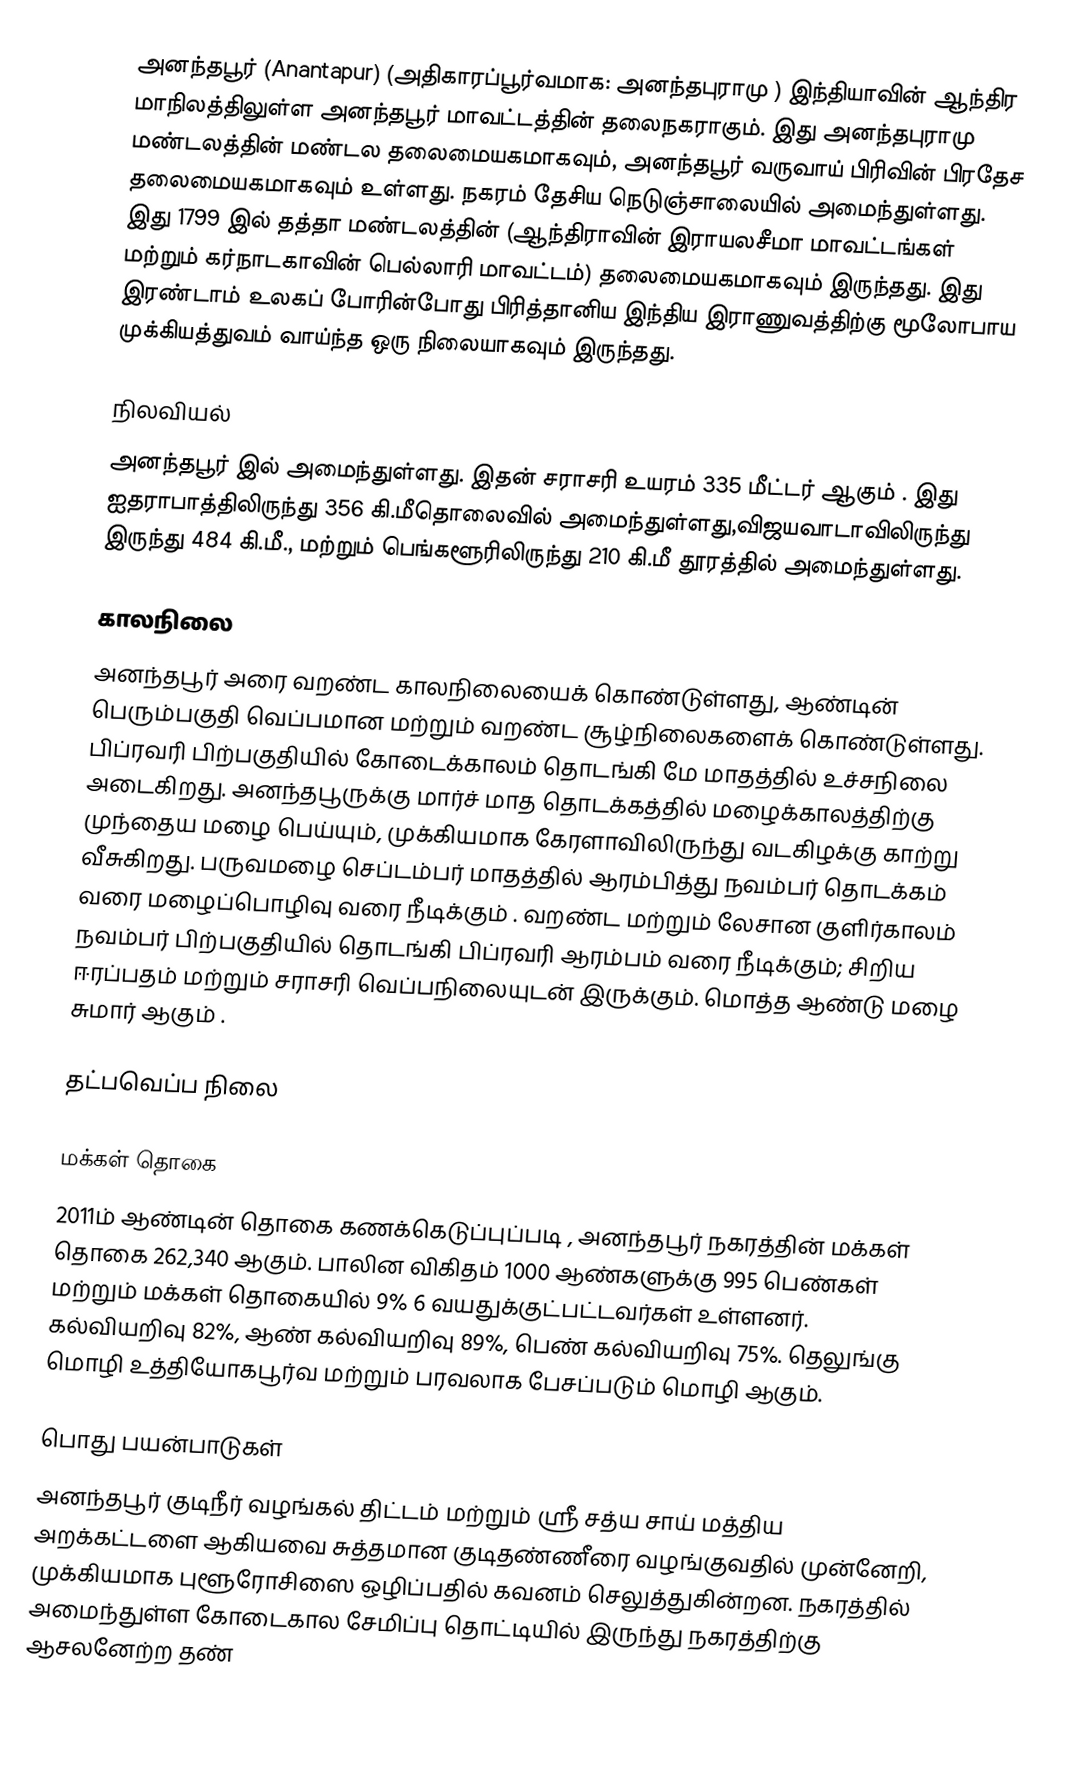
அனந்தபூர்  (Anantapur) (அதிகாரப்பூர்வமாக: அனந்தபுராமு  )  இந்தியாவின் ஆந்திர மாநிலத்திலுள்ள அனந்தபூர் மாவட்டத்தின் தலைநகராகும். இது அனந்தபுராமு மண்டலத்தின் மண்டல தலைமையகமாகவும், அனந்தபூர் வருவாய் பிரிவின் பிரதேச தலைமையகமாகவும் உள்ளது. நகரம் தேசிய நெடுஞ்சாலையில் அமைந்துள்ளது. இது 1799 இல் தத்தா மண்டலத்தின் (ஆந்திராவின் இராயலசீமா மாவட்டங்கள் மற்றும் கர்நாடகாவின் பெல்லாரி மாவட்டம்) தலைமையகமாகவும் இருந்தது. இது இரண்டாம் உலகப் போரின்போது பிரித்தானிய இந்திய இராணுவத்திற்கு மூலோபாய முக்கியத்துவம் வாய்ந்த ஒரு நிலையாகவும் இருந்தது.

நிலவியல்
அனந்தபூர்   இல் அமைந்துள்ளது. இதன் சராசரி உயரம் 335  மீட்டர் ஆகும் . இது ஐதராபாத்திலிருந்து 356 கி.மீதொலைவில் அமைந்துள்ளது,விஜயவாடாவிலிருந்து     இருந்து  484   கி.மீ., மற்றும் பெங்களூரிலிருந்து 210 கி.மீ தூரத்தில் அமைந்துள்ளது.

காலநிலை
அனந்தபூர் அரை வறண்ட காலநிலையைக் கொண்டுள்ளது, ஆண்டின் பெரும்பகுதி வெப்பமான மற்றும் வறண்ட சூழ்நிலைகளைக் கொண்டுள்ளது. பிப்ரவரி பிற்பகுதியில் கோடைக்காலம் தொடங்கி மே மாதத்தில் உச்சநிலை  அடைகிறது. அனந்தபூருக்கு மார்ச் மாத தொடக்கத்தில் மழைக்காலத்திற்கு முந்தைய மழை பெய்யும், முக்கியமாக கேரளாவிலிருந்து வடகிழக்கு காற்று வீசுகிறது. பருவமழை செப்டம்பர் மாதத்தில் ஆரம்பித்து நவம்பர் தொடக்கம் வரை மழைப்பொழிவு  வரை நீடிக்கும் . வறண்ட மற்றும் லேசான குளிர்காலம் நவம்பர் பிற்பகுதியில் தொடங்கி பிப்ரவரி ஆரம்பம் வரை நீடிக்கும்; சிறிய ஈரப்பதம் மற்றும் சராசரி வெப்பநிலையுடன்   இருக்கும். மொத்த ஆண்டு மழை சுமார்  ஆகும் .

தட்பவெப்ப நிலை

மக்கள் தொகை
2011ம் ஆண்டின்  தொகை கணக்கெடுப்புப்படி , அனந்தபூர் நகரத்தின் மக்கள் தொகை 262,340 ஆகும். பாலின விகிதம் 1000 ஆண்களுக்கு 995 பெண்கள் மற்றும் மக்கள் தொகையில் 9% 6 வயதுக்குட்பட்டவர்கள் உள்ளனர்.  கல்வியறிவு 82%, ஆண் கல்வியறிவு 89%, பெண் கல்வியறிவு 75%. தெலுங்கு மொழி உத்தியோகபூர்வ மற்றும் பரவலாக பேசப்படும் மொழி ஆகும்.

பொது பயன்பாடுகள்
அனந்தபூர் குடிநீர் வழங்கல் திட்டம் மற்றும் ஸ்ரீ சத்ய சாய் மத்திய அறக்கட்டளை ஆகியவை சுத்தமான குடிதண்ணீரை வழங்குவதில் முன்னேறி, முக்கியமாக புளூரோசிஸை ஒழிப்பதில் கவனம் செலுத்துகின்றன. நகரத்தில் அமைந்துள்ள கோடைகால சேமிப்பு தொட்டியில் இருந்து நகரத்திற்கு ஆசலனேற்ற தண்